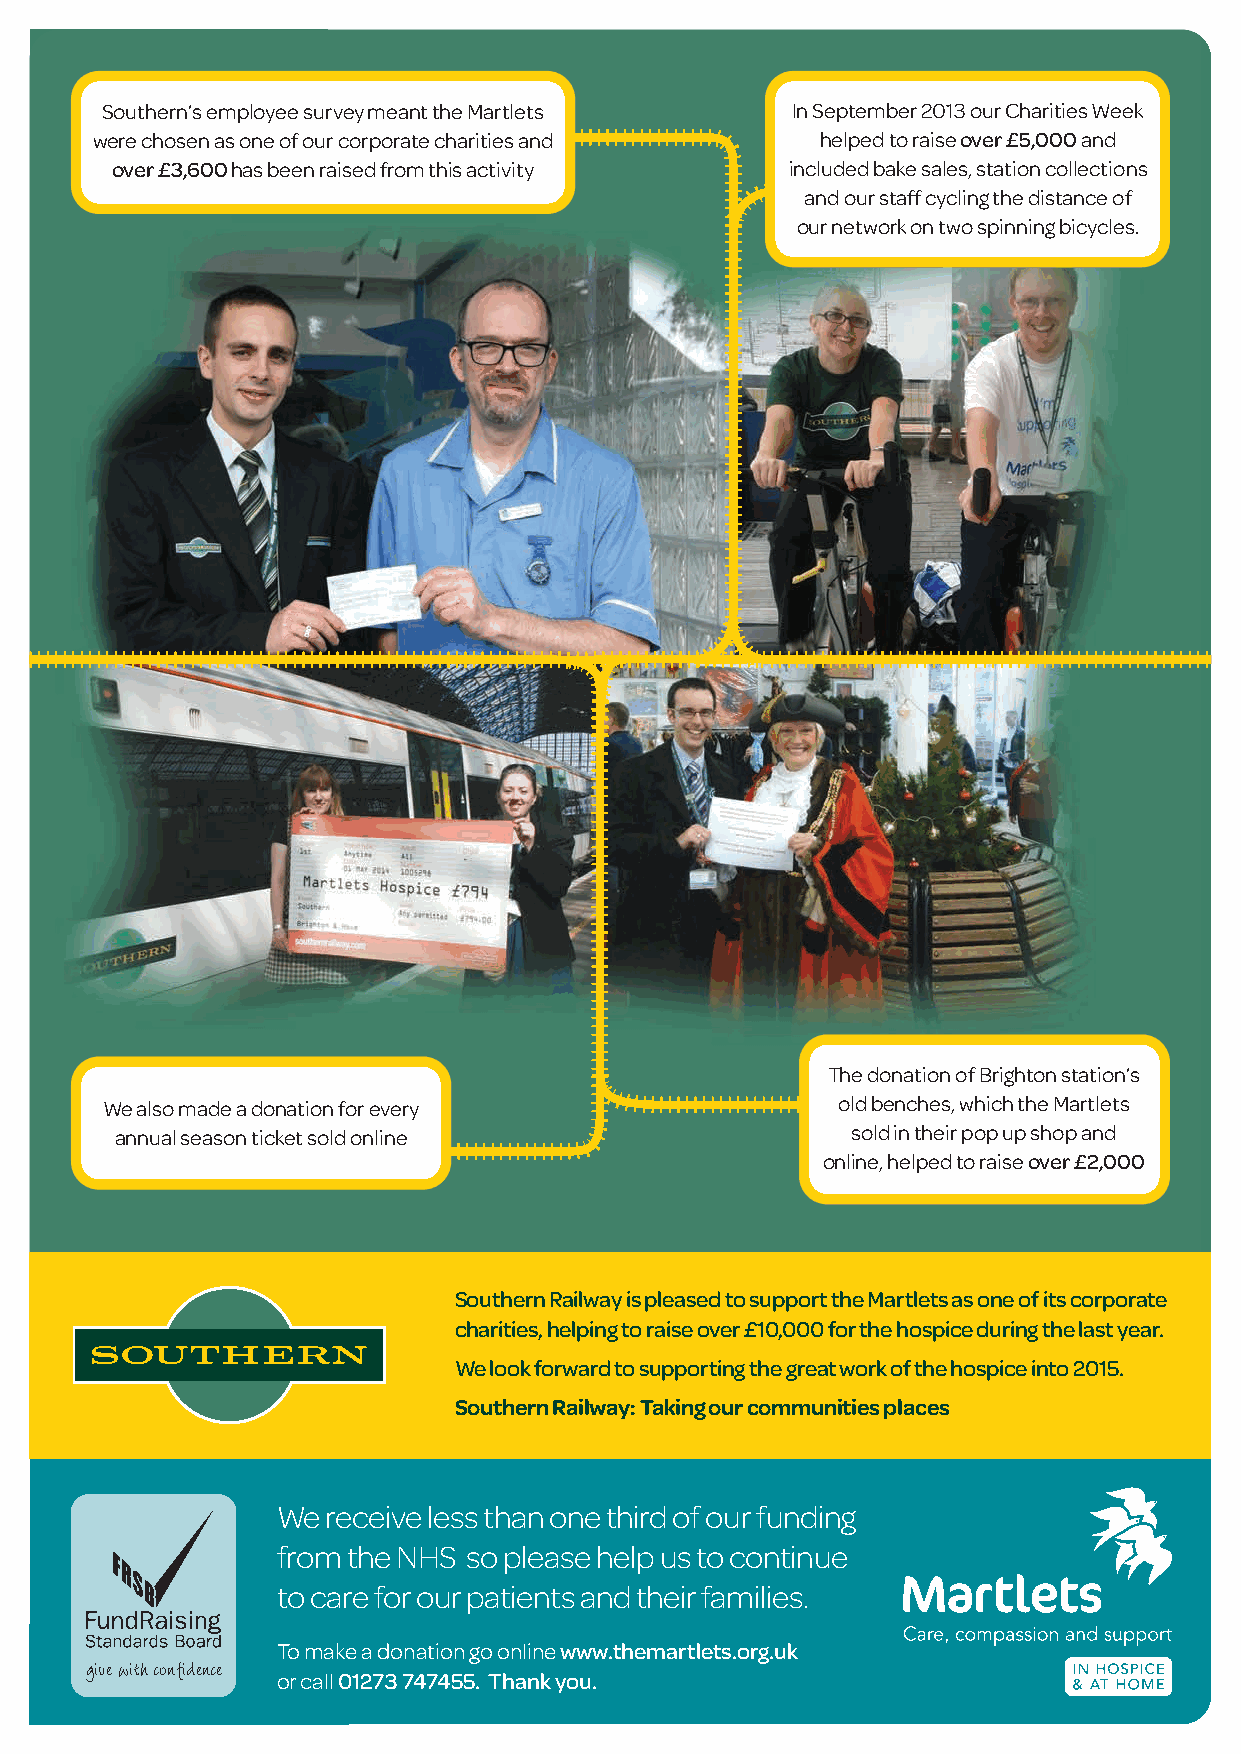
Southern’s employee survey meant the Martlets In September 2013 our Charities Week
 were chosen as one of our corporate charities and helped to raise over £5,000and
 over £3,600has been raised from this activity included bake sales, station collections
 and our staff cycling the distance of
 our network on two spinning bicycles.
 The donation of Brighton station’s
 We also made a donation for every               old benches, which the Martlets
 annual season ticket sold online                sold in their pop up shop and
 online, helped to raise over £2,000
 Southern Railway is pleased to support the Martlets as one of its corporate
 charities, helping to raise over £10,000 for the hospice during the last year.
 We look forward to supporting the great work of the hospice into 2015.
 Southern Railway: Taking our communities places
 We  receive less than one third of our funding
 from the NHS so please help us to continue
 to care for our patients and their families.
 To make a donation go online www.themartlets.org.uk
 give with confidence
 or call 01273 747455. Thank you.